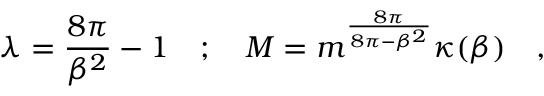
\lambda = \frac { 8 \pi } { \beta ^ { 2 } } - 1 \quad ; \quad M = m ^ { \frac { 8 \pi } { 8 \pi - \beta ^ { 2 } } } \kappa ( \beta ) \quad ,